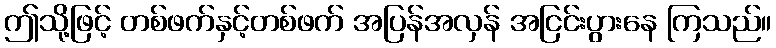
ဤသို့ဖြင့် တစ်ဖက်နှင့်တစ်ဖက် အပြန်အလှန် အငြင်းပွားနေ ကြသည်။